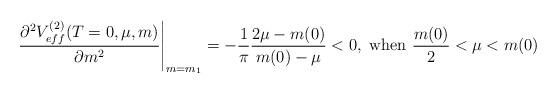
LaTeX: \begin{align*}\left.\frac{\partial^2V_{eff}^{(2)}(T=0,\mu,m)}{\partial m^2}\right|_{m=m_1}=-\frac{1}{\pi}\frac{2\mu-m(0)}{m(0)-\mu}<0,\ {\rm when} \ \frac{m(0)}{2}<\mu<m(0)\end{align*}